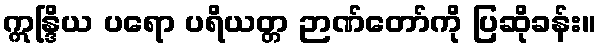
ဣန္ဒြိယ ပရော ပရိယတ္တ ဉာဏ်တော်ကို ပြဆိုခန်း။